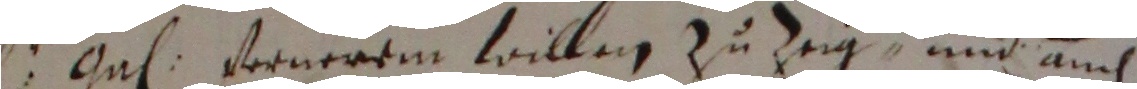
3 ga frnerem willen zu zeg, und auch